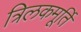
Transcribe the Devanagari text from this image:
त्रिलकमूर्ति